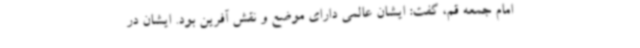
امام جمعه قم، گفت: ایشان عالمی دارای موضع و نقش آفرین بود. ایشان در